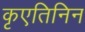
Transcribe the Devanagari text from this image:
कृएतिनिन